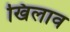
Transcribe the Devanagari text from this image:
खिलाव